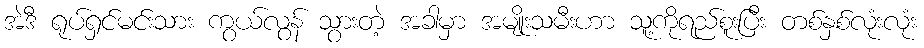
အဲဒီ ရုပ်ရှင်မင်းသား ကွယ်လွန် သွားတဲ့ အခါမှာ အမျိုးသမီးဟာ သူ့ကိုရည်စူးပြီး တစ်နှစ်လုံးလုံး